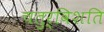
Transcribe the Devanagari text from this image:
चतुर्विशति